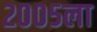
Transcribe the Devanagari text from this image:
२००५ला